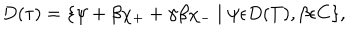
D ( \tau ) = \{ \psi + \beta \chi _ { + } + \gamma \beta \chi _ { - } \mid \psi \epsilon D ( T ) , \beta \epsilon C \} ,